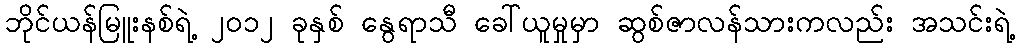
ဘိုင်ယန်မြူးနစ်ရဲ့ ၂၀၁၂ ခုနှစ် နွေရာသီ ခေါ်ယူမှုမှာ ဆွစ်ဇာလန်သားကလည်း အသင်းရဲ့